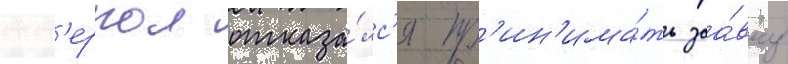
инт'ерпол отказа́лс'я пр'ин'има́ть заа́вку